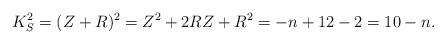
LaTeX: \begin{align*} K_S^2 = (Z+R)^2 = Z^2 + 2RZ + R^2= -n + 12 - 2 = 10-n.\end{align*}